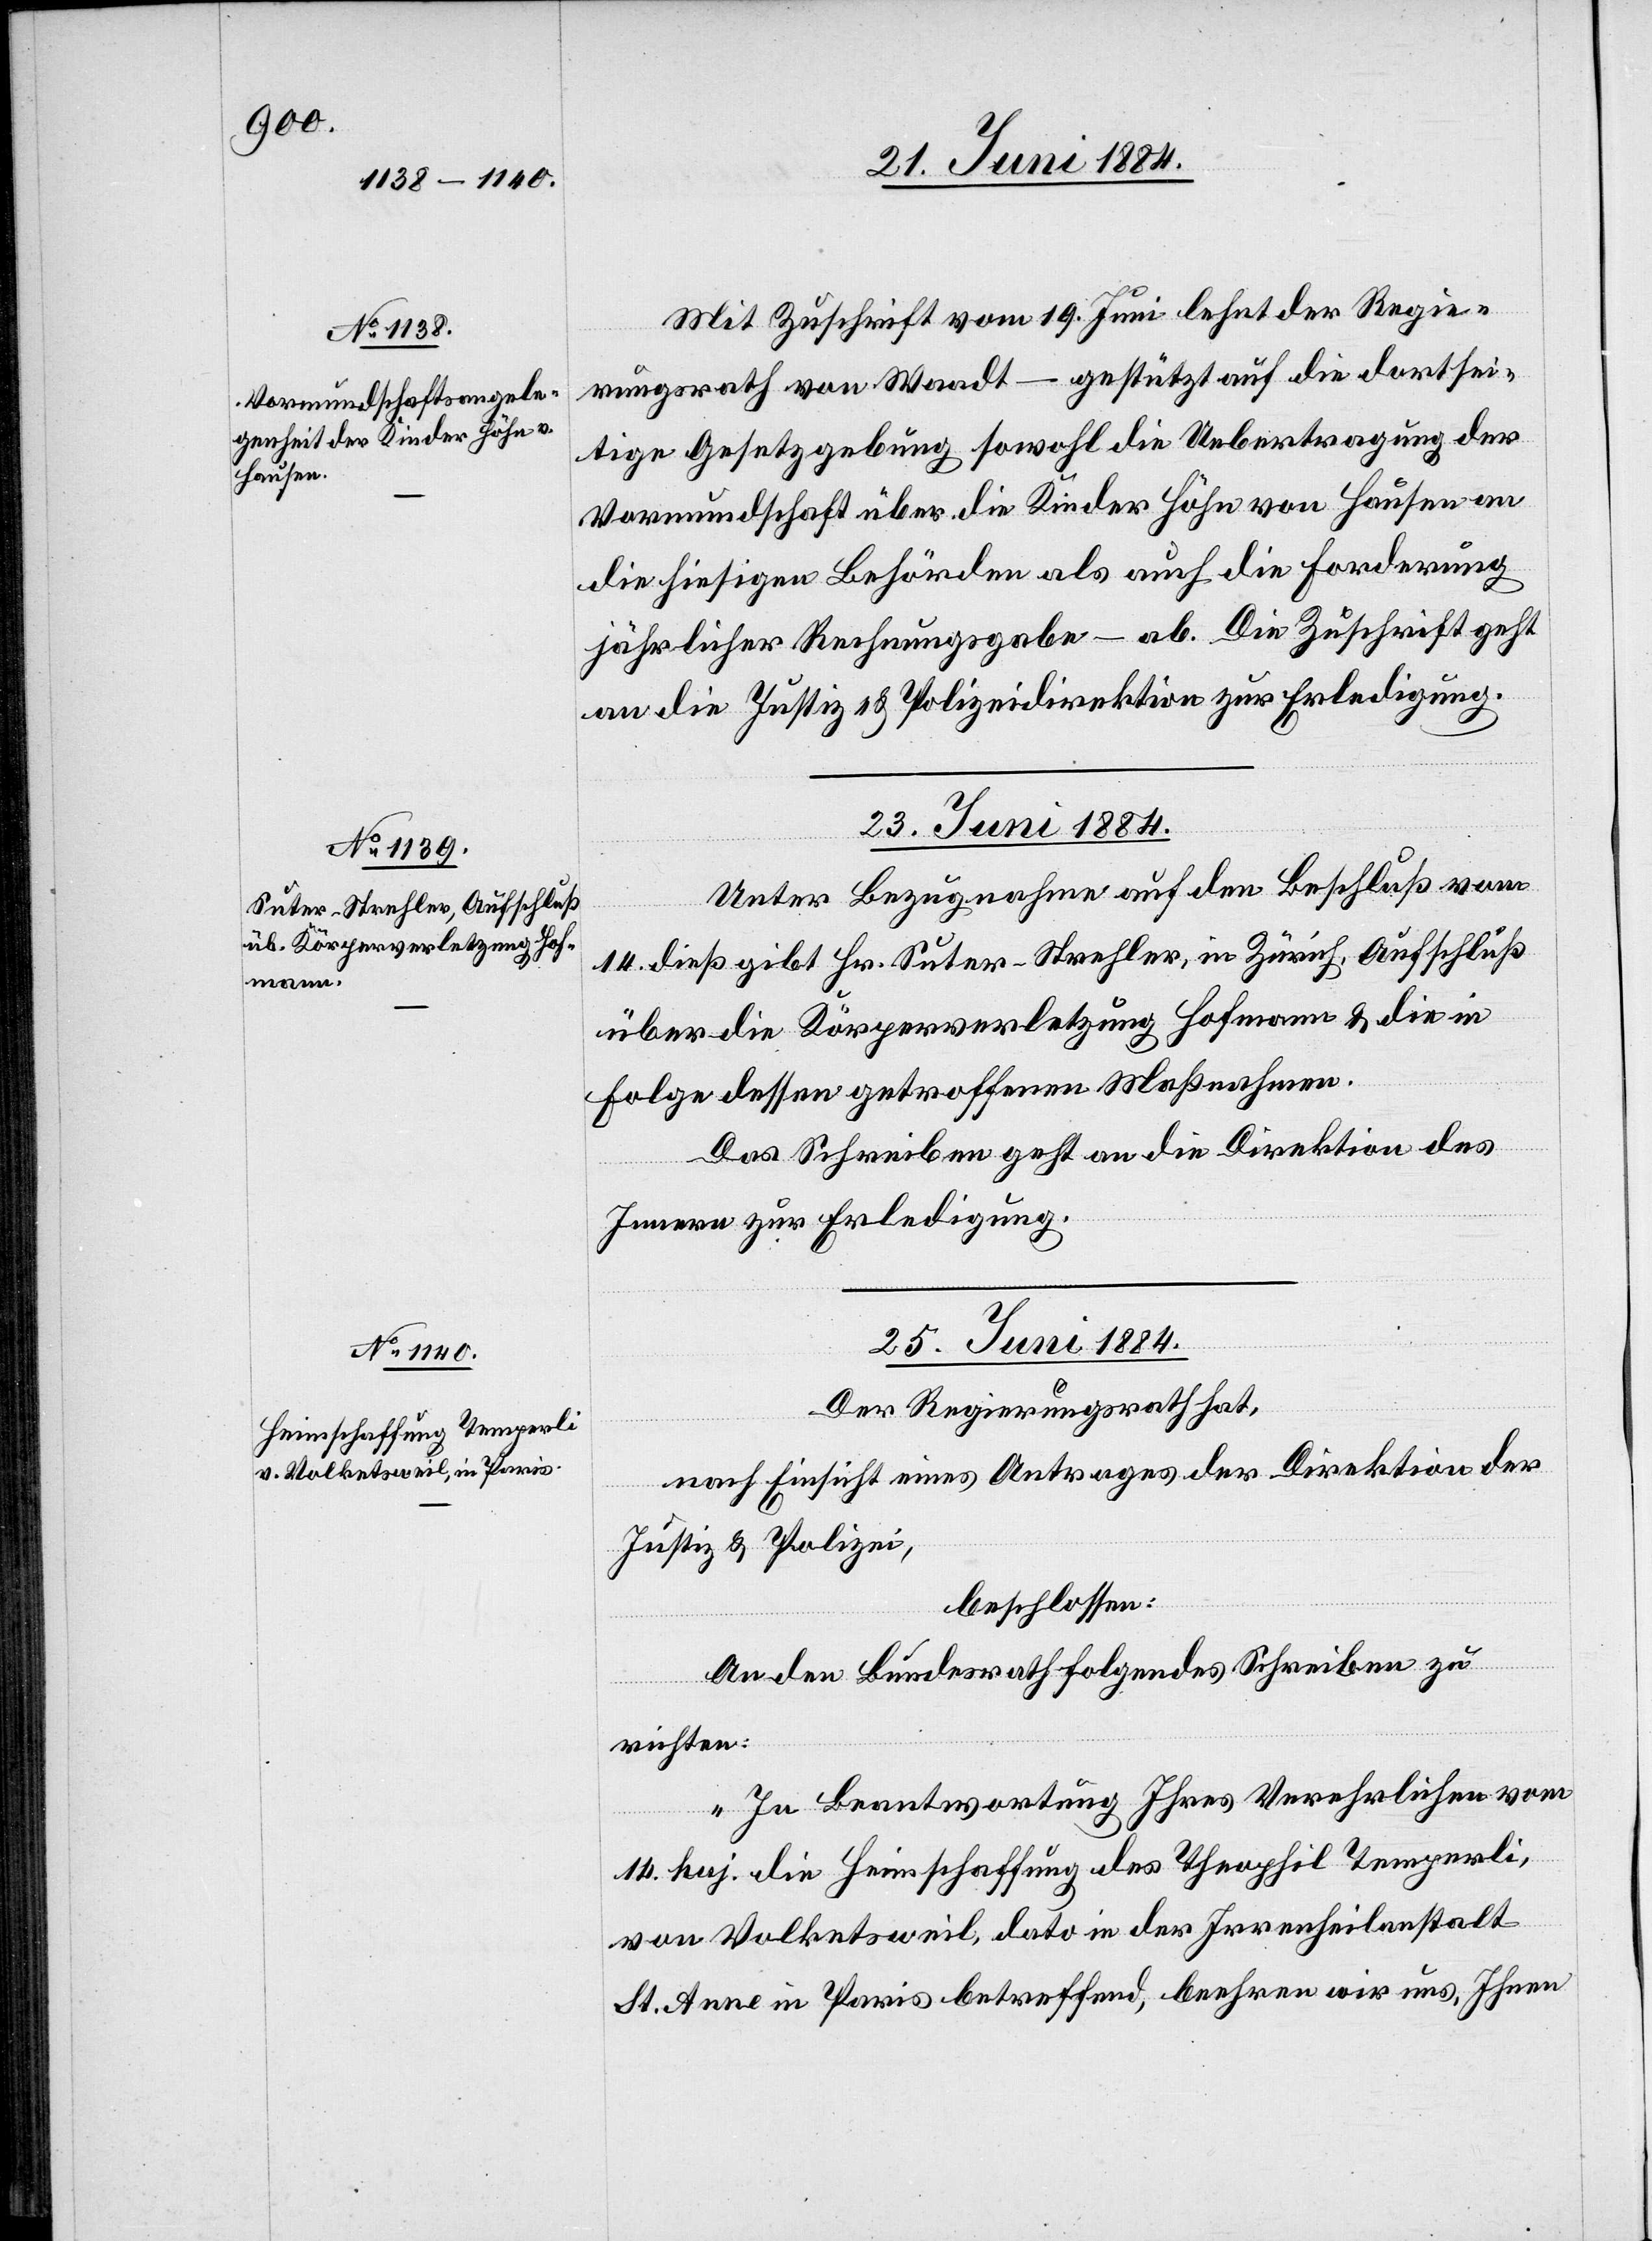
21. Juni 1884.]
Mit Zuschrift vom 19. Juni lehnt der Regie¬
rungsrath von Waadt – gestützt auf die dortsei¬
tige Gesetzgebung sowohl die Uebertragung der
Vormundschaft über die Kinder Höhn von Hausen an
die hiesigen Behörden als auch die Forderung
jährlicher Rechnungsgabe – ab. Die Zuschrift geht
an die Justiz- & Polizeidirektion zur Erledigung.
23. Juni 1884.
Unter Bezugnahme auf den Beschluß vom
14. dieß gibt Hr. Suter-Strehler, in Zürich, Aufschluß
über die Körperverletzung Hofmann & die in
Folge dessen getroffenen Maßnahmen.
Das Schreiben geht an die Direktion des
Innern zur Erledigung.
25. Juni 1884.
Der Regierungsrath hat,
nach Einsicht eines Antrages der Direktion der
Justiz & Polizei,
beschlossen:
An den Bundesrath folgendes Schreiben zu
richten:
„In Beantwortung Ihres Verehrlichen vom
14. huj. die Heimschaffung des Theophil Temperli,
von Volketsweil, dato in der Irrenheilanstalt
St. Anne in Paris betreffend, beehren wir uns, Ihnen